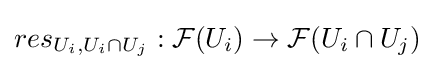
res_{U_{i},U_{i}\cap U_{j}}:{\mathcal {F}}(U_{i})\rightarrow {\mathcal {F}}(U_{i}\cap U_{j})